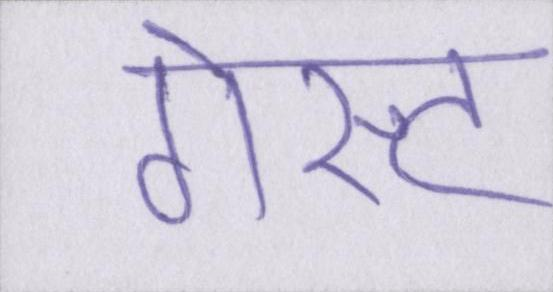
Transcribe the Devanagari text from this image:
गेस्ट